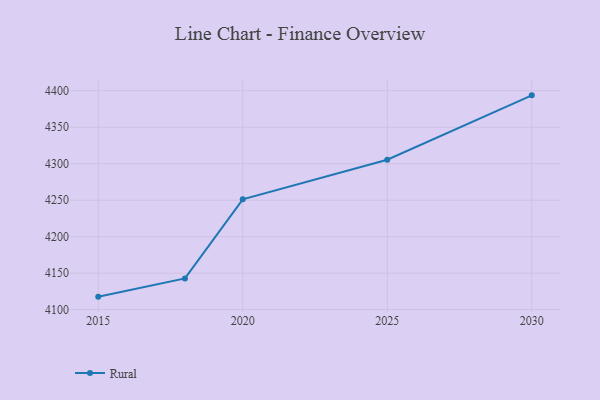
{"axis": {"x": "Year", "y": "Energy Usage (MWh)"}, "legend": ["Rural"], "data": [{"x": "2015", "y": 4117.8, "type": "Rural"}, {"x": "2018", "y": 4142.8, "type": "Rural"}, {"x": "2020", "y": 4251.2, "type": "Rural"}, {"x": "2025", "y": 4305.4, "type": "Rural"}, {"x": "2030", "y": 4393.7, "type": "Rural"}]}